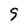
Character: 9